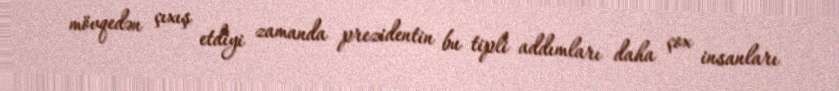
mövqedən çıxış etdiyi zamanda prezidentin bu tipli addımları daha çox insanları